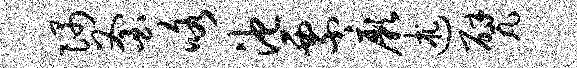
隅釜咯池票厥述甓